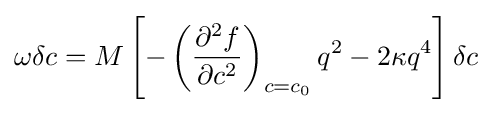
\omega \delta c=M\left[-\left({\frac {\partial ^{2}f}{\partial c^{2}}}\right)_{c=c_{0}}q^{2}-2\kappa q^{4}\right]\delta c